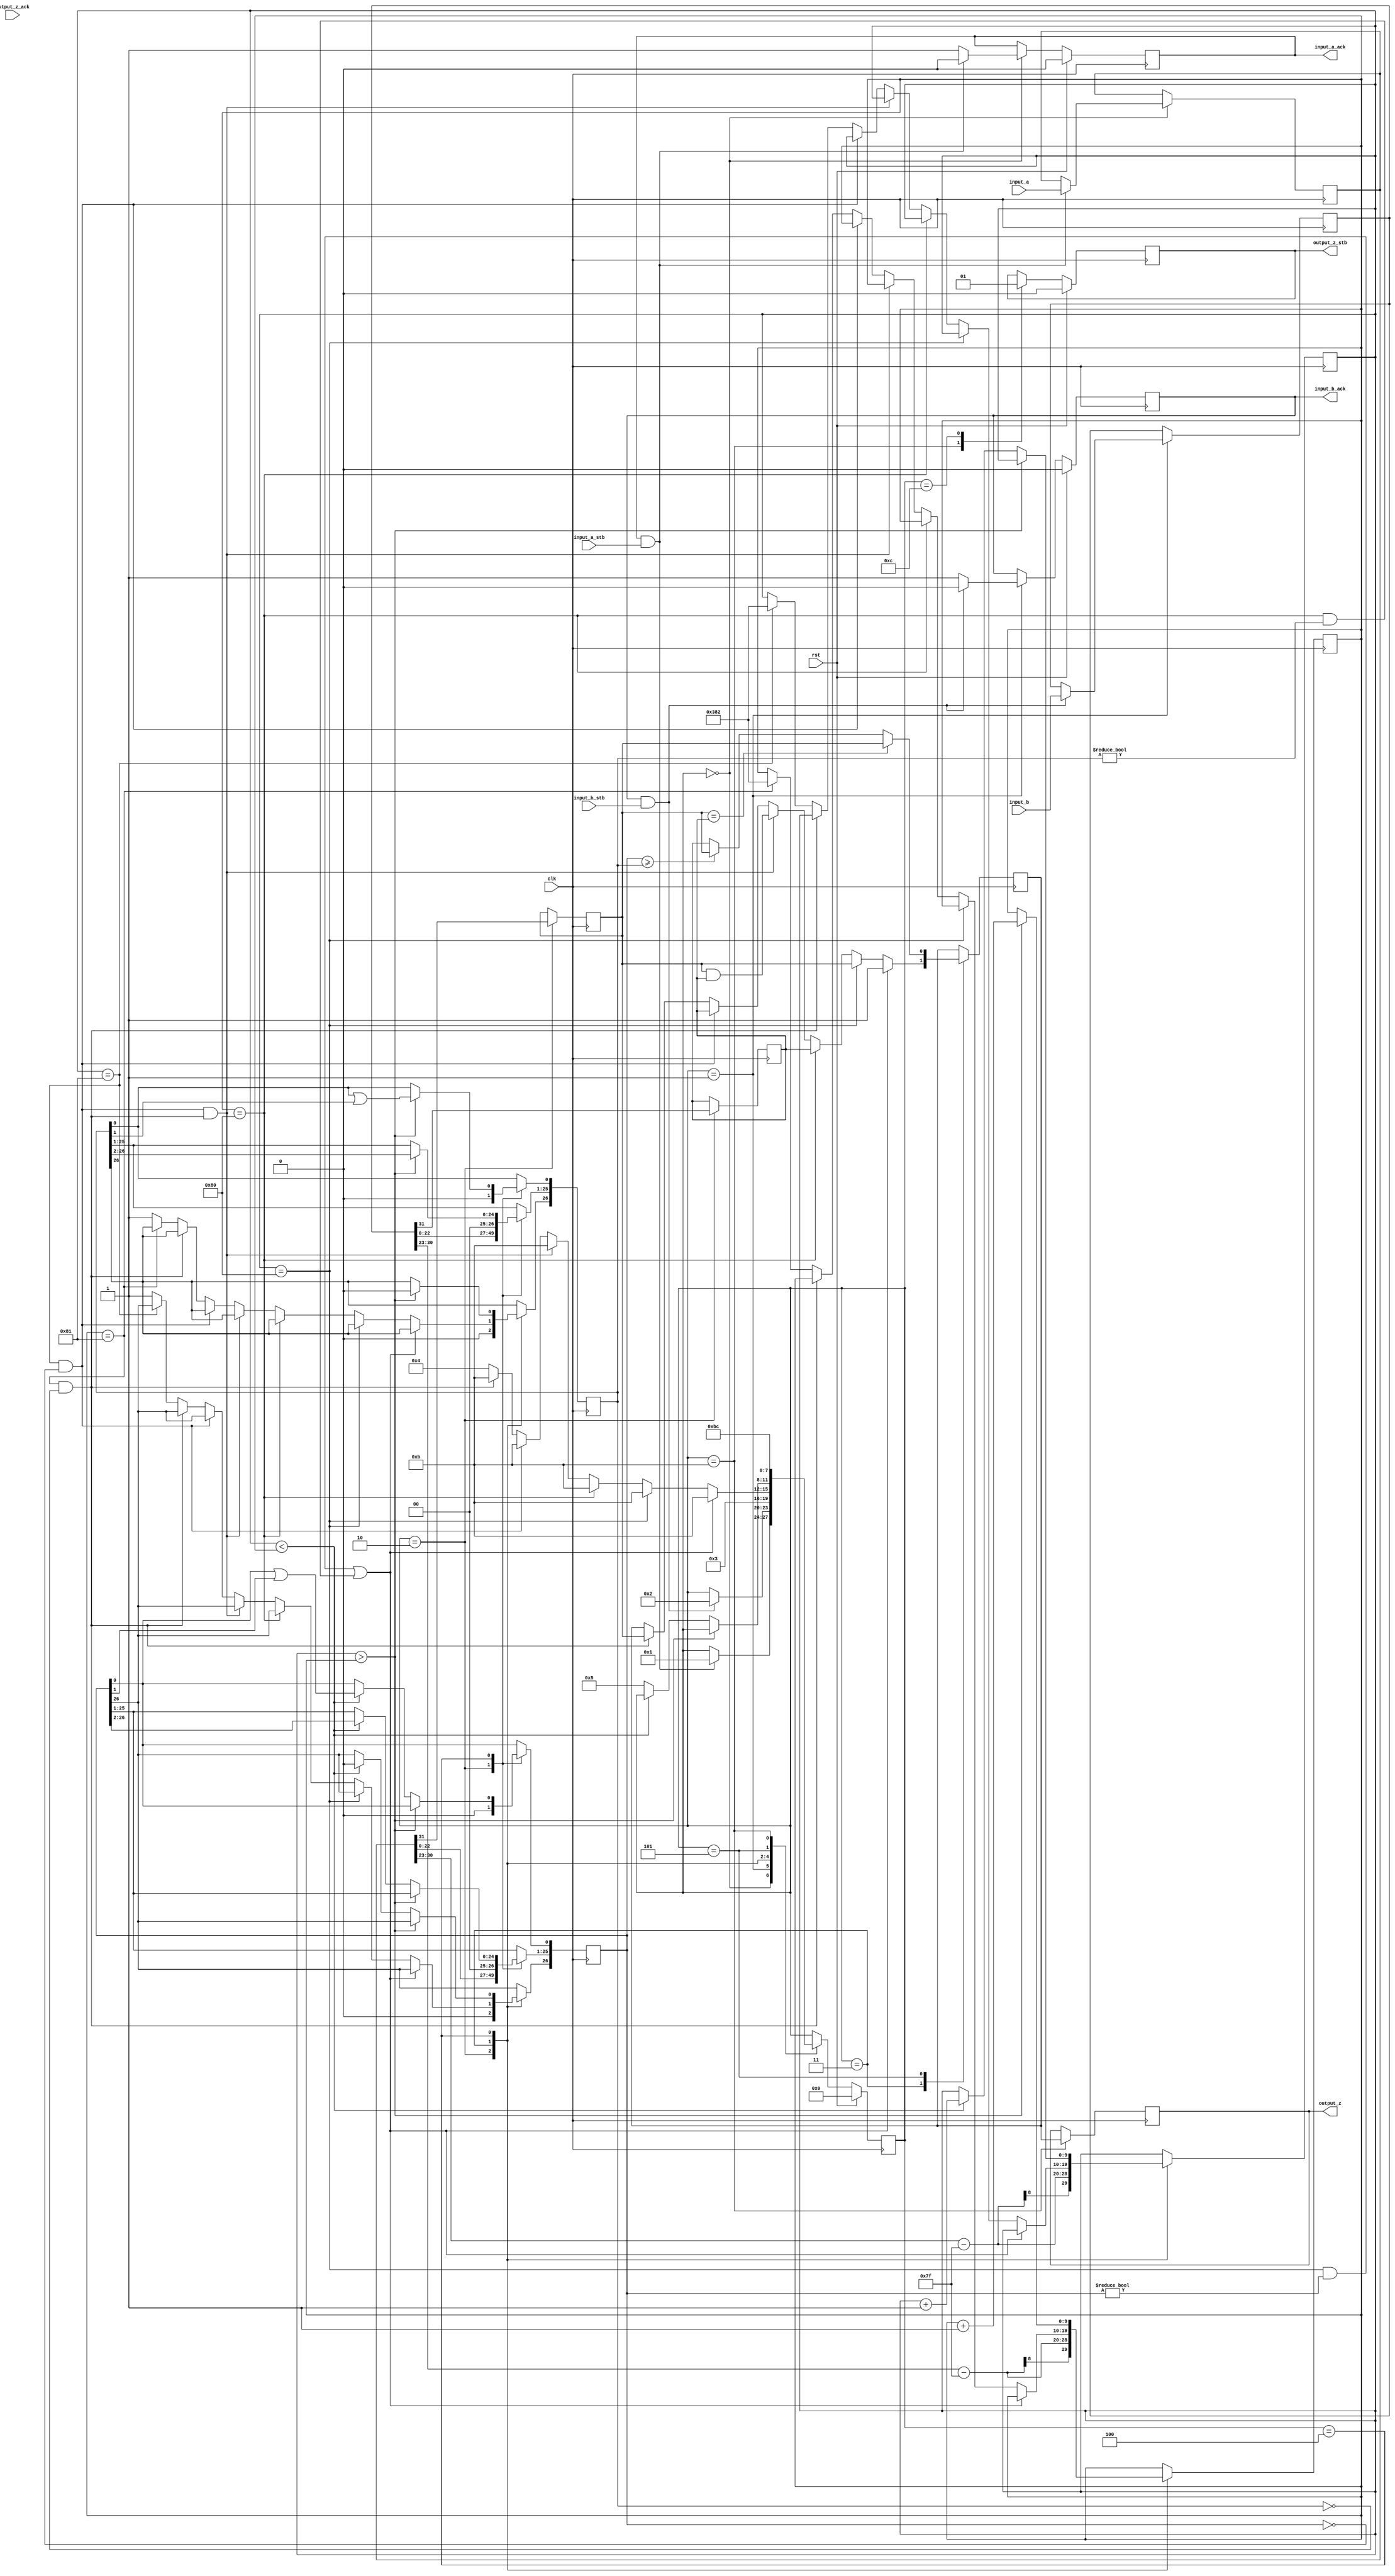

//IEEE Floating Point Adder (Single Precision)
//Copyright (C) Jonathan P Dawson 2013
//Edited by Oakley Katterheinrich
//2013-12-12

module lessThan(
        input_a,
        input_b,
        input_a_stb,
        input_b_stb,
        output_z_ack,
        clk,
        rst,
        output_z,
        output_z_stb,
        input_a_ack,
        input_b_ack);

  input     clk;
  input     rst;

  input     [31:0] input_a;
  input     input_a_stb;
  output    input_a_ack;

  input     [31:0] input_b;
  input     input_b_stb;
  output    input_b_ack;

  output reg    output_z;
  output    output_z_stb;
  input     output_z_ack;

  reg       s_output_z_stb;
  reg       s_output_z;
  reg       s_input_a_ack;
  reg       s_input_b_ack;

  reg       [3:0] state = 4'd0;
  parameter get_a         = 4'd0,
            get_b         = 4'd1,
            unpack        = 4'd2,
            special_cases = 4'd3,
            align         = 4'd4,
            add_0         = 4'd5,
            add_1         = 4'd6,
            normalise_1   = 4'd7,
            normalise_2   = 4'd8,
            round         = 4'd9,
            pack          = 4'd10,
            put_z         = 4'd11,
				done = 4'd12;

  reg       [31:0] a, b, z;
  reg       [26:0] a_m, b_m;
  reg       [23:0] z_m;
  reg       [9:0] a_e, b_e, z_e;
  reg       a_s, b_s, z_s;
  reg       guard, round_bit, sticky;
  reg       [27:0] sum;
  reg[20:0] test0, test1, test2, test3, test4, test5, test6, test7, test8, test9, test10, test11, test12, test13;

  always @(posedge clk)
  begin

    case(state)

      get_a:
      begin
        s_input_a_ack <= 1;
        if (s_input_a_ack && input_a_stb) begin
          a <= input_a;
          s_input_a_ack <= 0;
          state <= get_b;
        end
      end

      get_b:
      begin
        s_input_b_ack <= 1;
        if (s_input_b_ack && input_b_stb) begin
          b <= input_b;
          s_input_b_ack <= 0;
          state <= unpack;
        end
      end

      unpack:
      begin
        a_m <= {a[22 : 0], 3'd0};
        b_m <= {b[22 : 0], 3'd0};
        a_e <= a[30 : 23] - 127;
        b_e <= b[30 : 23] - 127;
        a_s <= a[31];
        b_s <= b[31];
        state <= special_cases;
      end

      special_cases:
      begin
        //if a is NaN or b is NaN return NaN 
        if ((a_e == 128 && a_m != 0) || (b_e == 128 && b_m != 0)) begin
		  test0 = 21'd0;
          z[31] <= 1;
			 z_s <= 1;
          z[30:23] <= 255;
          z[22] <= 1;
          z[21:0] <= 0;
          state <= put_z;
        //if a is inf return inf
        end else if (a_e == 128) begin
		  test1 = 21'd1;
          z[31] <= a_s;
			 z_s <= a_s;
          z[30:23] <= 255;
          z[22:0] <= 0;
          state <= put_z;
        //if b is inf return inf
        end else if (b_e == 128) begin
		  test2 = 21'd2;
          z[31] <= b_s;
			 z_s <= b_s;
          z[30:23] <= 255;
          z[22:0] <= 0;
          state <= put_z;
        //if a is zero return b
        end else if ((($signed(a_e) == -127) && (a_m == 0)) && (($signed(b_e) == -127) && (b_m == 0))) begin
		  test3 = 21'd3;
          z[31] <= a_s & b_s;
			 z_s <= a_s & b_s;
          z[30:23] <= b_e[7:0] + 127;
          z[22:0] <= b_m[26:3];
          state <= put_z;
        //if a is zero return b
        end else if (($signed(a_e) == -127) && (a_m == 0)) begin
		  test4 = 21'd4;
          z[31] <= b_s;
			 z_s <= b_s;
          z[30:23] <= b_e[7:0] + 127;
          z[22:0] <= b_m[26:3];
          state <= put_z;
        //if b is zero return a
        end else if (($signed(b_e) == -127) && (b_m == 0)) begin
		  test5 = 21'd5;
          z[31] <= a_s;
			 z_s <= a_s;
          z[30:23] <= a_e[7:0] + 127;
          z[22:0] <= a_m[26:3];
          state <= put_z;
        end else begin
		  test6 = 21'd6;
          //Denormalised Number
          if ($signed(a_e) == -127) begin
			 test7 = 21'd7;
            a_e <= -126;
          end else begin
			 test8 = 21'd8;
            a_m[26] <= 1;
          end
          //Denormalised Number
          if ($signed(b_e) == -127) begin
			 test9 = 21'd9;
            b_e <= -126;
          end else begin
			 test10 = 21'd10;
            b_m[26] <= 1;
          end
          state <= align;
        end
      end

      align:
      begin
        if ($signed(a_e) > $signed(b_e)) begin
          b_e <= b_e + 1;
          b_m <= b_m >> 1;
          b_m[0] <= b_m[0] | b_m[1];
        end else if ($signed(a_e) < $signed(b_e)) begin
          a_e <= a_e + 1;
          a_m <= a_m >> 1;
          a_m[0] <= a_m[0] | a_m[1];
        end else begin
          state <= add_0;
        end
      end

      add_0:
      begin
        z_e <= a_e;
        if (a_s == b_s) begin
		  test11 = 21'd11;
          sum <= a_m + b_m;
          z_s <= a_s;
        end else begin
          if (a_m >= b_m) begin
			 test12 = 21'd12;
            sum <= a_m - b_m;
            z_s <= a_s;
          end else begin
			 test13 = 21'd13;
            sum <= b_m - a_m;
            z_s <= b_s;
          end
        end
        state <= put_z;
      end

    /*  add_1:
      begin
        if (sum[27]) begin
          z_m <= sum[27:4];
          guard <= sum[3];
          round_bit <= sum[2];
          sticky <= sum[1] | sum[0];
          z_e <= z_e + 1;
        end else begin
          z_m <= sum[26:3];
          guard <= sum[2];
          round_bit <= sum[1];
          sticky <= sum[0];
        end
        state <= normalise_1;
      end

      normalise_1:
      begin
        if (z_m[23] == 0 && $signed(z_e) > -126) begin
          z_e <= z_e - 1;
          z_m <= z_m << 1;
          z_m[0] <= guard;
          guard <= round_bit;
          round_bit <= 0;
        end else begin
          state <= normalise_2;
        end
      end

      normalise_2:
      begin
        if ($signed(z_e) < -126) begin
          z_e <= z_e + 1;
          z_m <= z_m >> 1;
          guard <= z_m[0];
          round_bit <= guard;
          sticky <= sticky | round_bit;
        end else begin
          state <= round;
        end
      end

      round:
      begin
        if (guard && (round_bit | sticky | z_m[0])) begin
          z_m <= z_m + 1;
          if (z_m == 24'hffffff) begin
            z_e <=z_e + 1;
          end
        end
        state <= pack;
      end

      pack:
      begin
        z[22 : 0] <= z_m[22:0];
        z[30 : 23] <= z_e[7:0] + 127;
        z[31] <= z_s;
        if ($signed(z_e) == -126 && z_m[23] == 0) begin
          z[30 : 23] <= 0;
        end
        //if overflow occurs, return inf
        if ($signed(z_e) > 127) begin
          z[22 : 0] <= 0;
          z[30 : 23] <= 255;
          z[31] <= z_s;
        end
        state <= put_z;
      end
*/
      put_z:
      begin
        //s_output_z_stb <= 1;
        s_output_z <= z_s;
		  output_z <= z_s;
        //if (s_output_z_stb && output_z_ack) begin
          s_output_z_stb <= 0;
          state <= done;
        //end
      end
		
		done:
		begin
			s_output_z_stb <= 1;
		end

    endcase

    if (rst == 1) begin
      state <= get_a;
      s_input_a_ack <= 0;
      s_input_b_ack <= 0;
      s_output_z_stb <= 0;
    end

  end
  assign input_a_ack = s_input_a_ack;
  assign input_b_ack = s_input_b_ack;
  assign output_z_stb = s_output_z_stb;	//ready flag
  //assign output_z = s_output_z;				//value
  //assign output_z = z_s;

endmodule